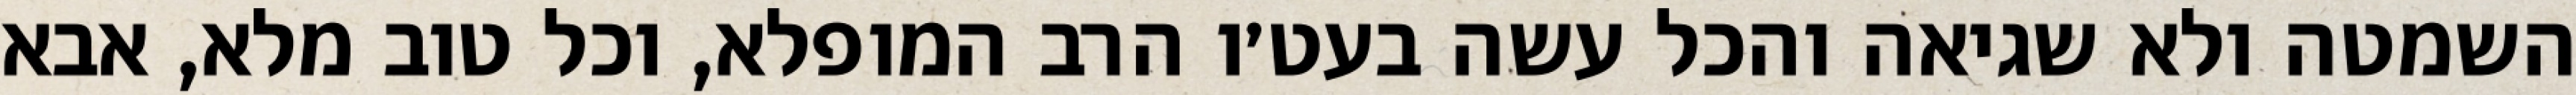
השמטה ולא שגיאה והכל עשה בעט׳ו הרב המופלא, וכל טוב מלא, אבא